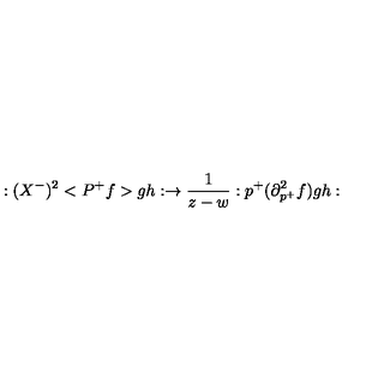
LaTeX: : ( X ^ { - } ) ^ { 2 } < P ^ { + } f > g h : \rightarrow \frac 1 { z - w } : p ^ { + } ( \partial _ { p ^ { + } } ^ { 2 } f ) g h :